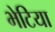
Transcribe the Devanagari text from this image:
भेटिया